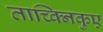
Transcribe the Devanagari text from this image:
ताच्क्निकुए